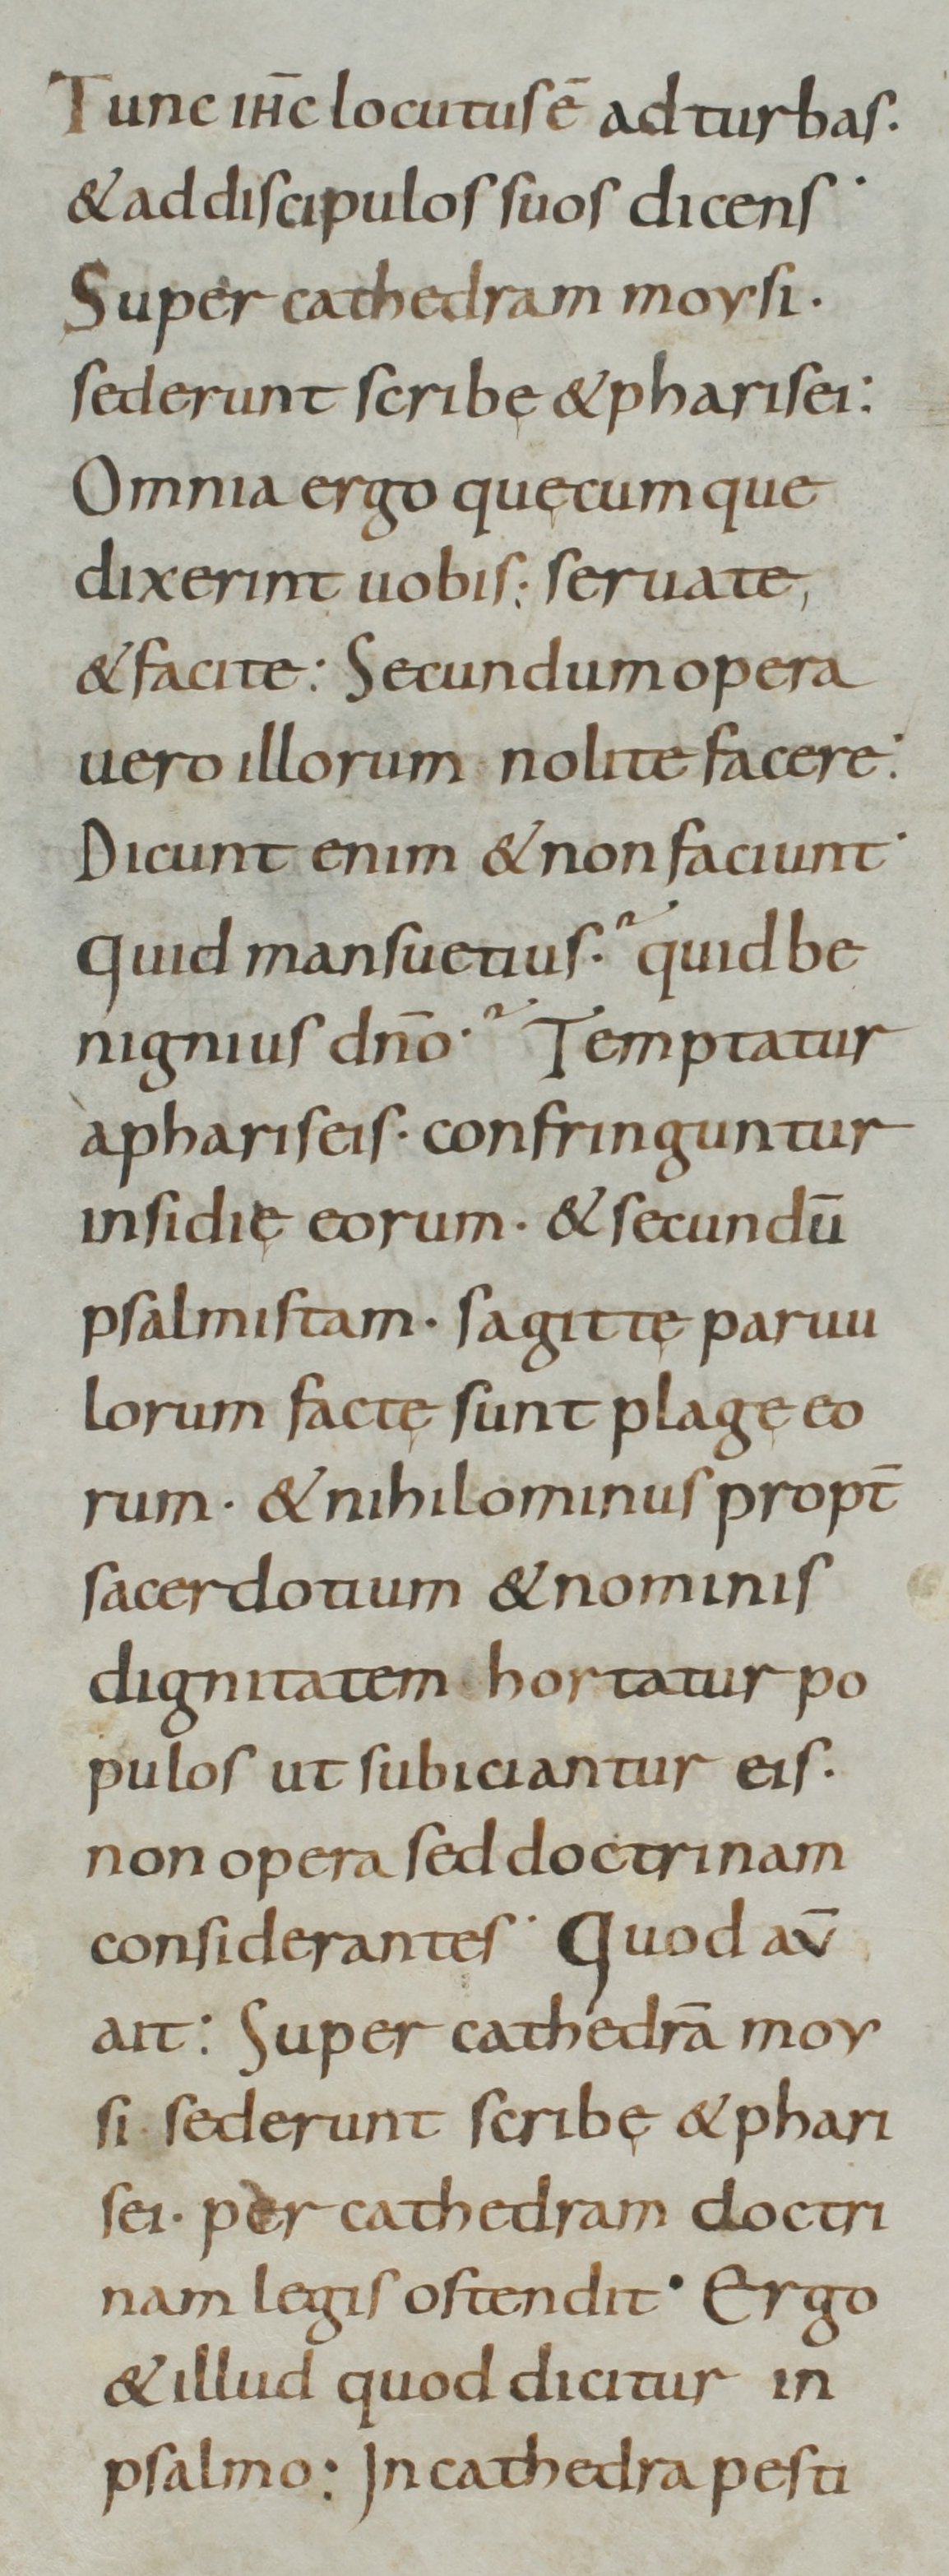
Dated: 800–899